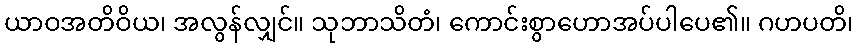
ယာဝအတိဝိယ၊ အလွန်လျှင်။ သုဘာသိတံ၊ ကောင်းစွာဟောအပ်ပါပေ၏။ ဂဟပတိ၊